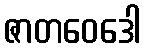
ဇာတဝေဒေါ